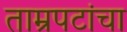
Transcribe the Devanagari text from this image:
ताम्रपटांचा